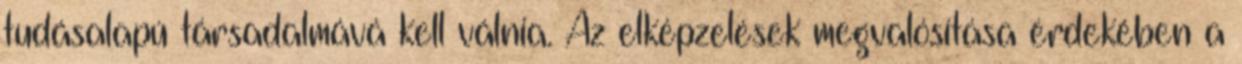
tudásalapú társadalmává kell válnia. Az elképzelések megvalósítása érdekében a